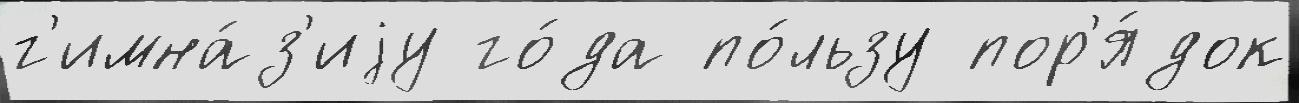
г'имна́з'иjу го́да по́льзу пор'я́док